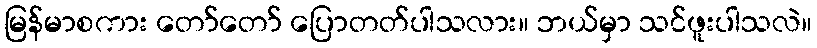
မြန်မာစကား တော်တော် ပြောတတ်ပါသလား။ ဘယ်မှာ သင်ဖူးပါသလဲ။